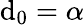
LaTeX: \mathrm{d}_{0}=\alpha